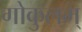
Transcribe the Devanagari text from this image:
गोकुलम्